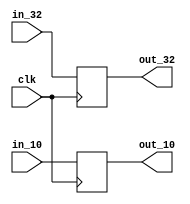
module aluout(
input [31:0]in_32,
input [9:0]in_10,
output reg [31:0]out_32,
output reg [9:0]out_10,
input clk
);
always@(posedge clk)begin
out_32 <= in_32;
out_10 <= in_10;

end
endmodule